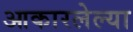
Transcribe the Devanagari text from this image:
आकारलेल्या